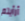
أرأيتم